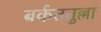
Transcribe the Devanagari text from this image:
बर्कततुल्ला